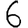
Digit: 6